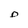
Character: D